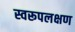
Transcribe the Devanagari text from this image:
स्वरूपलक्षण